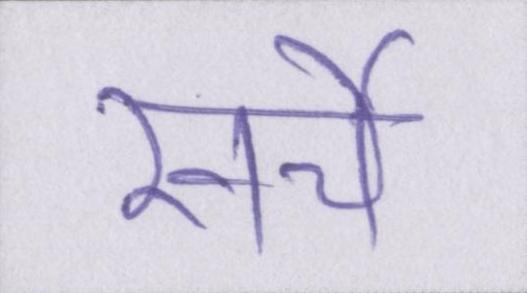
खर्चे